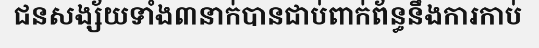
ជនសង្ស័យទាំង៣នាក់បានជាប់ពាក់ព័ន្ធនឹងការកាប់